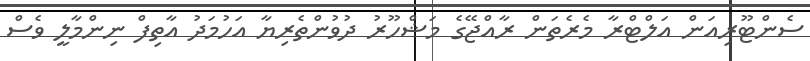
ސެންޓޫރިއަން އަލްޓްރާ މެރެތަން ރާއްޖޭގެ މަޝްހޫރު ދުވުންތެރިޔާ އަހުމަދު އާތިފް ނިންމާލީ ވެސް